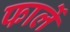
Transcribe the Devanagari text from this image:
फार्ले